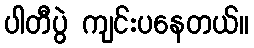
ပါတီပွဲ ကျင်းပနေတယ်။